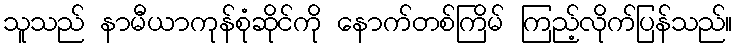
သူသည် နာမီယာကုန်စုံဆိုင်ကို နောက်တစ်ကြိမ် ကြည့်လိုက်ပြန်သည်။